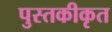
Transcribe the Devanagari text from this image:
पुस्तकीकृत